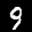
Digit: 9